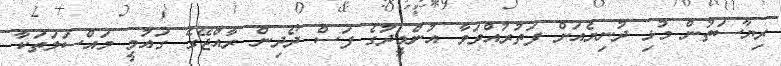
ރިޔާސަތުން މުޅި ދުނިޔެއަށް ފަތުރުއްވަވާ އުންމީދުގެ ފަސް ދޯދިން ރާއްޖޭގެ ގައުމީ މައްސަލަތަކާ